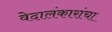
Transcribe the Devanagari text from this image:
वेदालंकारांचा